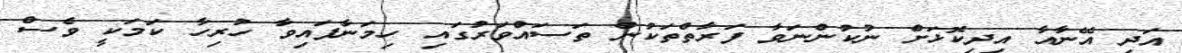
އަދި އޭނާއާ އިދިކޮޅަށް ނުކުންނަވާ ފަރާތްތަކުން ތަސައްވަރުގައި ހިމަނާފައިވާ ހުރިހާ ކަމަކީ ވެސް